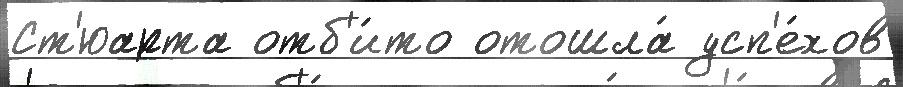
Ст'юарта отб'и́то отошла́ усп'е́хов